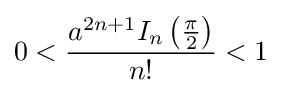
0<{\frac {a^{2n+1}I_{n}\left({\frac {\pi }{2}}\right)}{n!}}<1